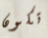
تكون